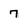
Character: 7